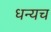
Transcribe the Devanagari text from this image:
धन्यच